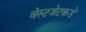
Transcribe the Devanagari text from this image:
वेस्टजेटकडे